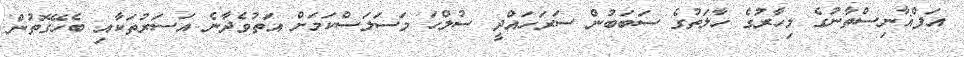
އަފްޣާނިސްތާނުގެ މިހާރުގެ ހާލަތުގެ ސަބަބުން ސަރަހައްދީ ސުލްހަ މަސަލަސްކަމަށް އަތުވެދާނެ އަސަރުތަކާއި ބެހޭގޮތުން